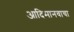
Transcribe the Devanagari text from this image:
आदिमानवाचा